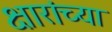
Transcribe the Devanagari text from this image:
क्षारांच्या